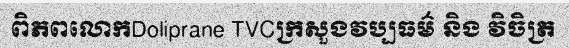
ពិភពលោកDoliprane TVCក្រសួងវប្បធម៌ និង វិចិត្រ